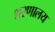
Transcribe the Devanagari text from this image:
शरणालय